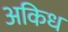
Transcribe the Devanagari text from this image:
अकिध